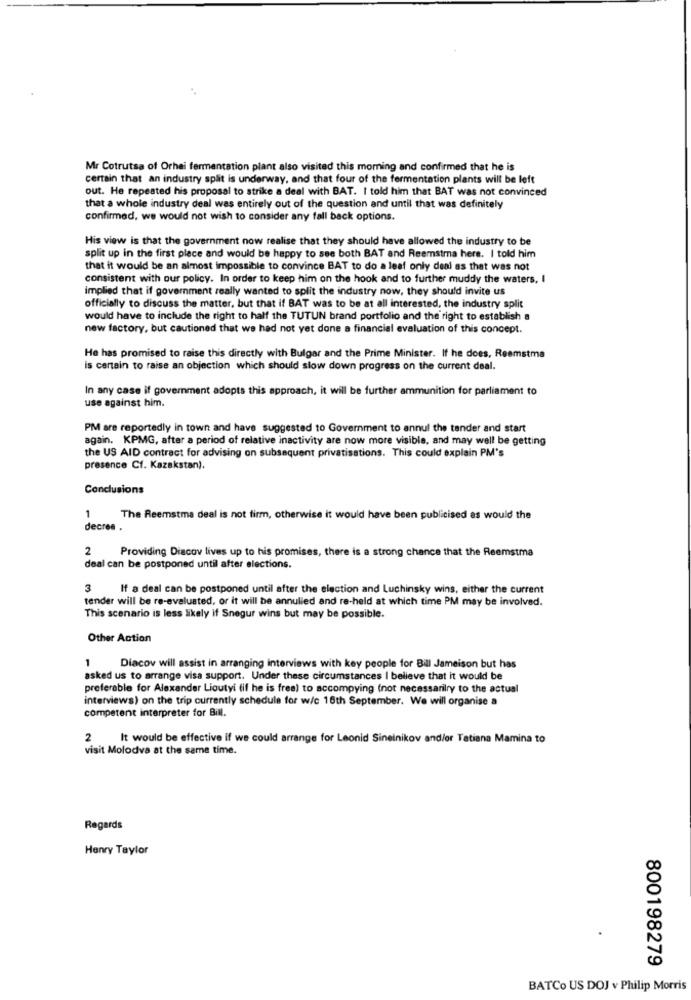
Mr Cotrutsa of Orhei fermentation plant also visited this morning and confirmed that he is
certain that an industry split is underway, and that four of the fermentation plants will be left
out. He repeated his proposal to strike a deal with BAT. I told him that BAT was not convinced
that a whole industry deal was entirely out of the question and until that was definitely
confirmed, we would not wish to consider any fall back options.
His view is that the government now realise that they should have allowed the industry to be
split up in the first place and would be happy to see both BAT and Reemstra here. I told him
that it would be an almost impossible to convince BAT to do a leaf only deal as that was not
consistent with our policy. In order to keep him on the hook and to further muddy the waters, I
implied that if government really wanted to split the industry now, they should invite us
officially to discuss the matter, but that if BAT was to be at all interested, the industry split
would have to include the right to half the TUTUN brand portfolio and the right to establish a
new factory, but cautioned that we had not yet done a financial evaluation of this concept.
He has promised to raise this directly with Bulgar and the Prime Minister. If he does, Reemstma
is certain to raise an objection which should slow down progress on the current deal.
In any case if government adopts this approach, it will be further ammunition for parliament to
use against him.
PM are reportedly in town and have suggested to Government to annul the tender and start
again. KPMG, after a period of relative inactivity are now more visible, and may well be getting
the US AID contract for advising on subsequent privatisations. This could explain PM's
presence Cf. Kazakstan).
Conclusions
1
The Reemstma deal is not firm, otherwise it would have been publicised as would the
decres .
2
Providing Diacov lives up to his promises, there is a strong chance that the Reemstma
deal can be postponed until after elections.
3
If a deal can be postponed until after the election and Luchinsky wins, either the current
tender will be re-evaluated, or it will be annulled and re-held at which time PM may be involved.
This scenario is less likely if Snegur wins but may be possible.
Other Action
1
Diacov will assist in arranging interviews with key people for Bill Jameison but has
asked us to arrange visa support. Under these circumstances I believe that it would be
preferable for Alexander Lioutyi (if he is free) to accompying (not necessarily to the actual
interviews) on the trip currently schedule for w/c 16th September. We will organise a
competent interpreter for Bill.
2 It would be effective if we could arrange for Leonid Sinelnikov and/or Tatiana Mamina to
visit Molodva at the same time.
Regards
Henry Taylor
800198279
BATCo US DOJ v Philip Morris